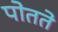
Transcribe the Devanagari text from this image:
पोतते